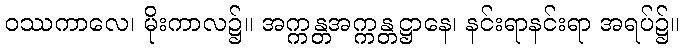
ဝဿကာလေ၊ မိုးကာလ၌။ အက္ကန္တအက္ကန္တဋ္ဌာနေ၊ နင်းရာနင်းရာ အရပ်၌။